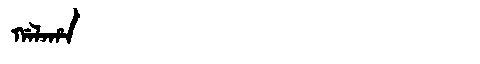
Manchu: ᡤᠠᠯᠠᡥᠠ
Romanization: GALAHA